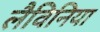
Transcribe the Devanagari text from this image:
लैविनिया